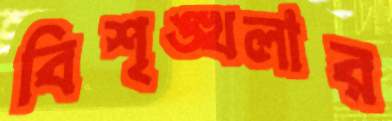
বিশৃঙ্খলার